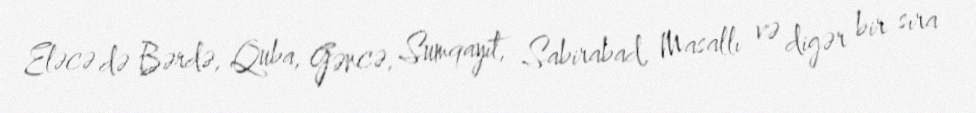
Eləcə də Bərdə, Quba, Gəncə, Sumqayıt, Sabirabad, Masallı və digər bir sıra